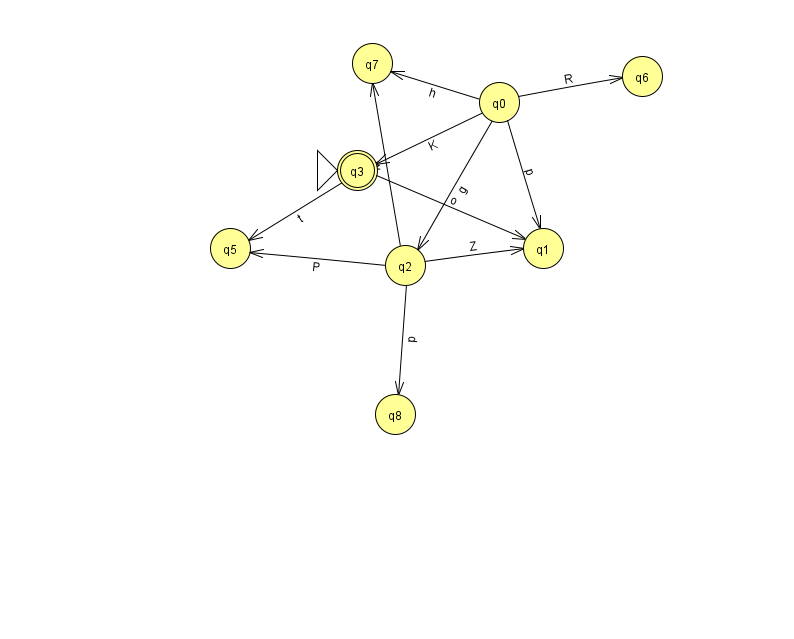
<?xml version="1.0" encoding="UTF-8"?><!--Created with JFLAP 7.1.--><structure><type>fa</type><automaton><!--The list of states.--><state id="0" name="q0"><x>499.0</x><y>89.0</y></state><state id="1" name="q1"><x>543.0</x><y>235.0</y></state><state id="2" name="q2"><x>405.0</x><y>252.0</y></state><state id="3" name="q3"><x>357.0</x><y>157.0</y><initial/><final/></state><state id="5" name="q5"><x>230.0</x><y>235.0</y></state><state id="6" name="q6"><x>642.0</x><y>63.0</y></state><state id="7" name="q7"><x>372.0</x><y>50.0</y></state><state id="8" name="q8"><x>395.0</x><y>401.0</y></state><!--The list of transitions.--><transition><from>0</from><to>7</to><read>h</read></transition><transition><from>2</from><to>8</to><read>p</read></transition><transition><from>0</from><to>6</to><read>R</read></transition><transition><from>3</from><to>5</to><read>t</read></transition><transition><from>2</from><to>7</to><read>w</read></transition><transition><from>3</from><to>1</to><read>o</read></transition><transition><from>0</from><to>1</to><read>p</read></transition><transition><from>2</from><to>1</to><read>Z</read></transition><transition><from>2</from><to>5</to><read>P</read></transition><transition><from>0</from><to>2</to><read>g</read></transition><transition><from>0</from><to>3</to><read>K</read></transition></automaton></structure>